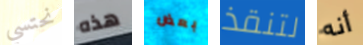
نحتسي هذه بعض لتنقذ أنه